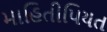
માહિતીપિયત